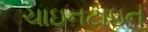
ચાઇનટાઇન